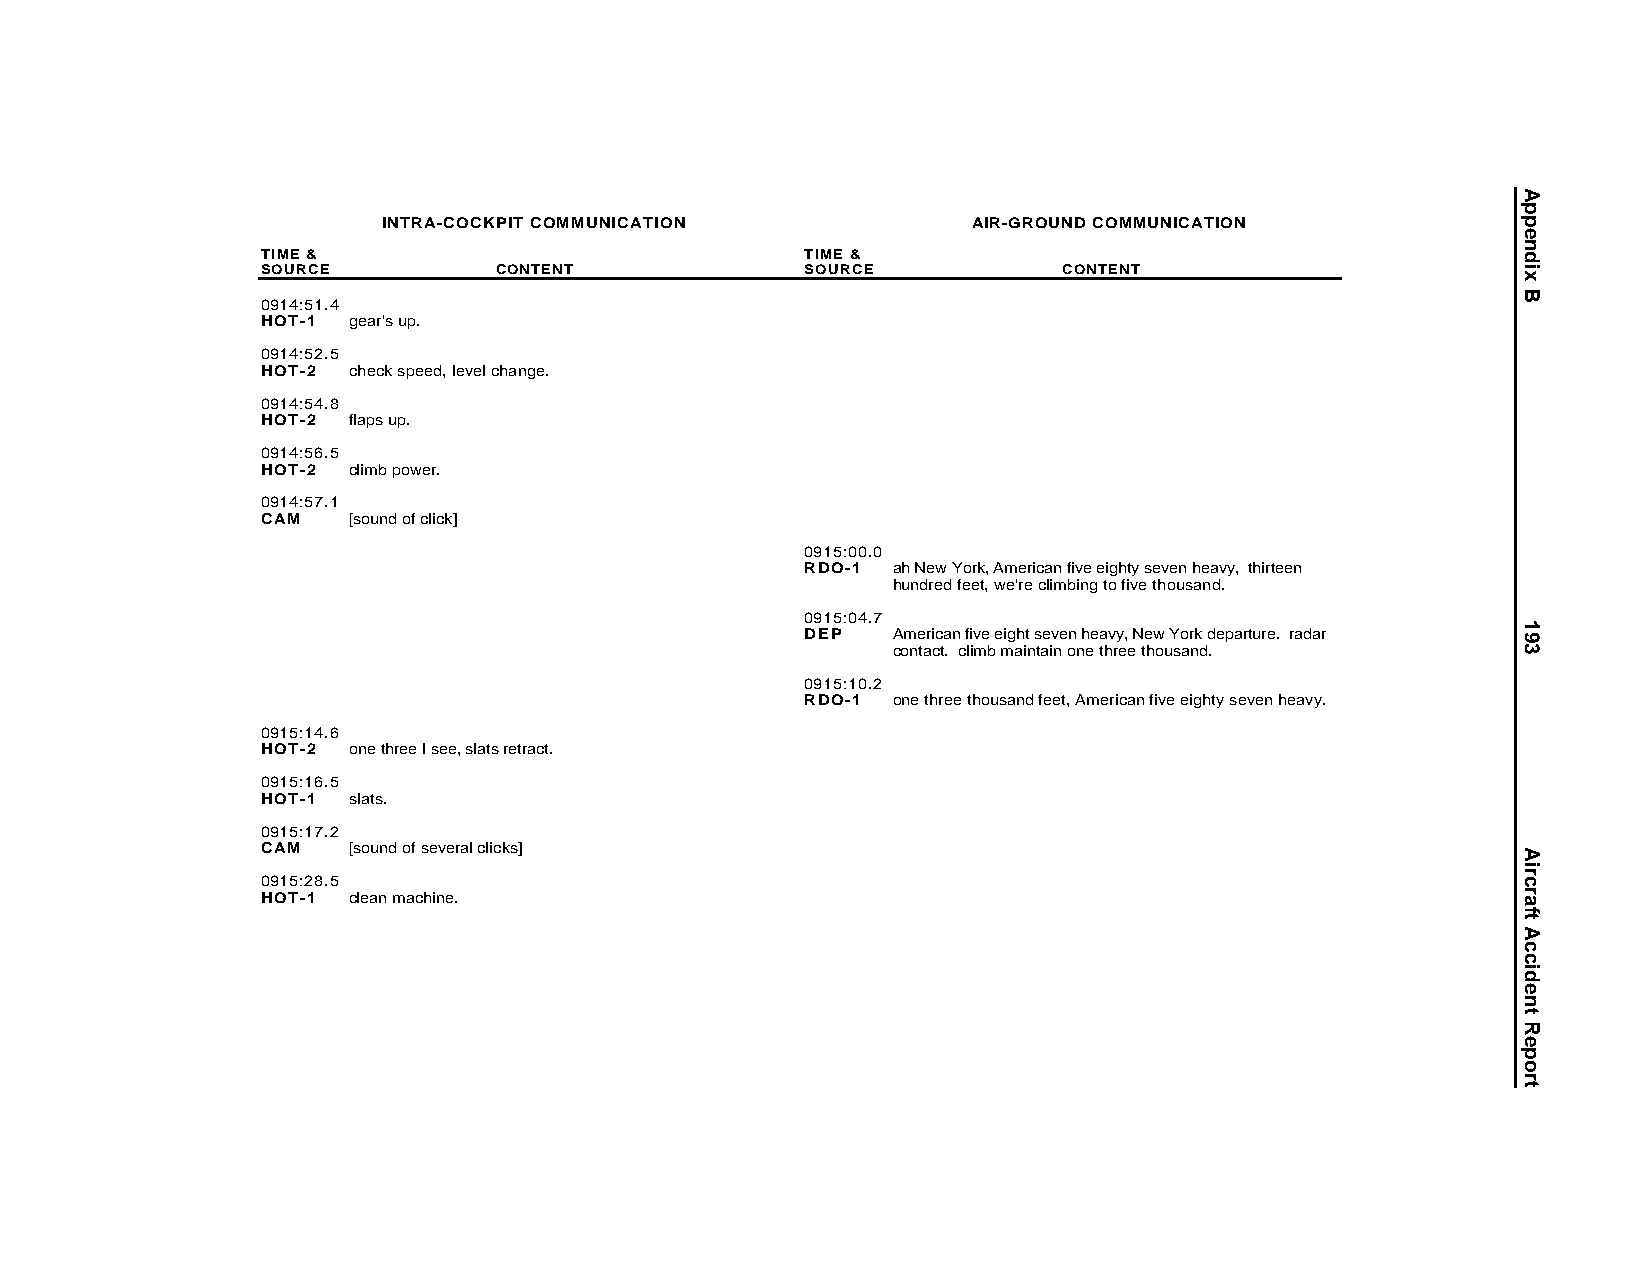
INTRA-COCKPIT COMMUNICATION            AIR-GROUND COMMUNICATION
 TIME &                              TIME &
 SOURCE          CONTENT             SOURCE           CONTENT
 0914:51.4
 HOT-1 gear's up.
 0914:52.5
 HOT-2 check speed, level change.
 0914:54.8
 HOT-2 flaps up.
 0914:56.5
 HOT-2 climb power.
 0914:57.1
 CAM   [sound of click]
 0915:00.0
 RDO-1 ah New York, American five eighty seven heavy, thirteen
 hundred feet, we're climbing to five thousand.
 0915:04.7
 DEP   American five eight seven heavy, New York departure. radar
 contact. climb maintain one three thousand.
 0915:10.2
 RDO-1 one three thousand feet, American five eighty seven heavy.
 0915:14.6
 HOT-2 one three I see, slats retract.
 0915:16.5
 HOT-1 slats.
 0915:17.2
 CAM   [sound of several clicks]
 0915:28.5
 HOT-1 clean machine.
 Appendix
 B
 193
 AircraftAccidentReport